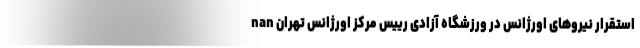
nan استقرار نیروهای اورژانس در ورزشگاه آزادی رییس مرکز اورژانس تهران